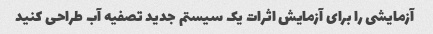
آزمایشی را برای آزمایش اثرات یک سیستم جدید تصفیه آب طراحی کنید